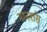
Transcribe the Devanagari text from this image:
नानशंस